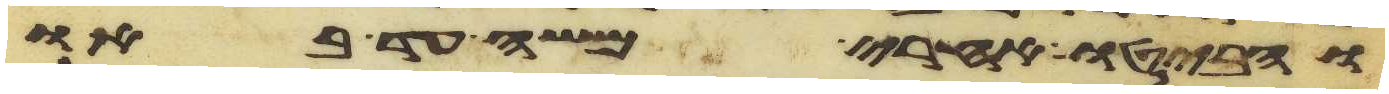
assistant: והביטו אחרי משה עד באו